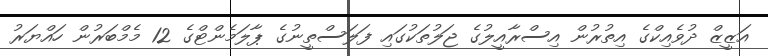
އަޒީޒް ދުވެއިކްގެ އިތުރުން އިސްރާއީލުގެ ޖަލުތަކުގައި ފަލަސްތީނުގެ ޕާލަމެންޓްގެ 12 މެމްބަރުން ހައްޔަރު